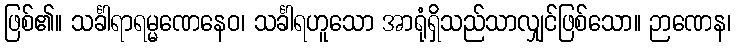
ဖြစ်၏။ သင်္ခါရာရမ္မဏေနေဝ၊ သင်္ခါရဟူသော အာရုံရှိသည်သာလျှင်ဖြစ်သော။ ဉာဏေန၊